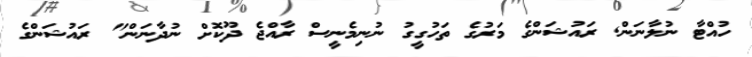
ހުއްޓާ ނުލާނަން